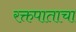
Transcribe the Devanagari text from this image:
रक्तपाताचा